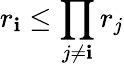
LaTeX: r_{\mathbf{i}}\le\prod_{j\neq\mathbf{i}}r_{j}